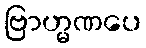
ဗြာဟ္မဏပေ